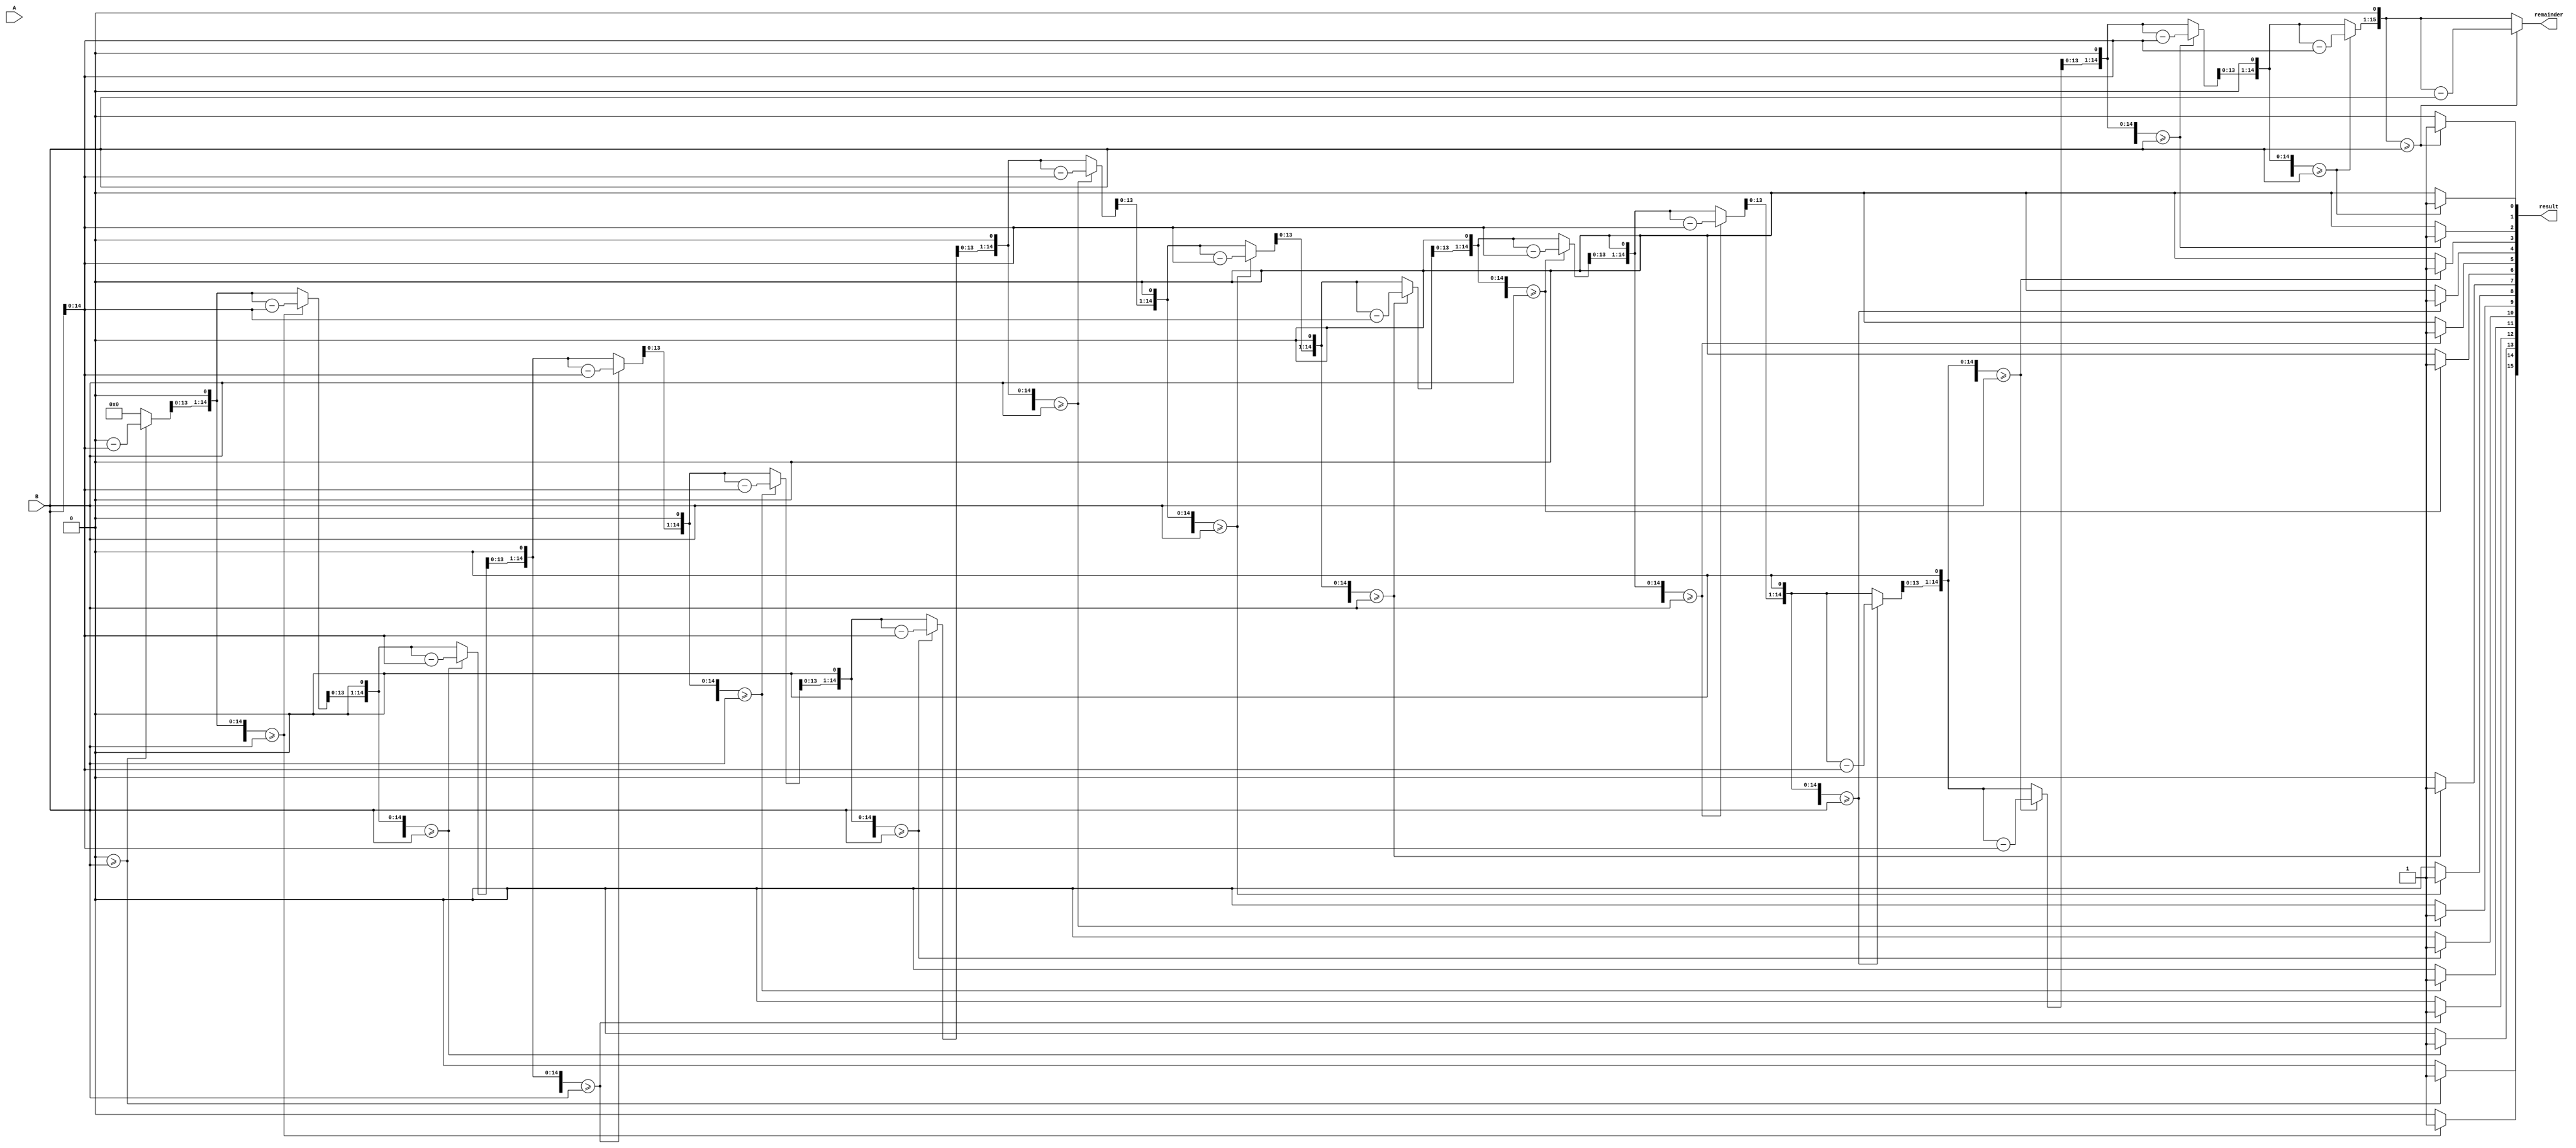
module div_16bit(
    input wire [15:0] A,  // Dividend
    input wire [15:0] B,  // Divisor
    output reg [15:0] result,  // Quotient
    output reg [15:0] remainder  // Remainder
);

    // Internal signals
    reg [15:0] dividend;
    reg [31:0] temp_dividend;
    reg [15:0] divisor;
    reg [15:0] temp_remainder;
    integer i;

    always @(A or B) begin
        // Initial assignments
        dividend = A;
        divisor = B;
        temp_dividend = {16'd0, dividend};  // Zero-extend dividend to 32 bits
        temp_remainder = 0;
        result = 0; // Clear quotient

        // Division algorithm
        for (i = 15; i >= 0; i = i - 1) begin
            // Shift left temp_remainder and bring down the next bit from the dividend
            temp_remainder = temp_remainder << 1;
            temp_remainder[0] = temp_dividend[31];
            temp_dividend = temp_dividend << 1;  // Shift left dividend

            // Compare and subtract
            if (temp_remainder >= divisor) begin
                temp_remainder = temp_remainder - divisor;
                result[i] = 1;  // Set quotient bit
            end
        end

        // Final remainder
        remainder = temp_remainder;
    end

endmodule